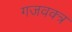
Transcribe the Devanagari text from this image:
गजवक्त्र